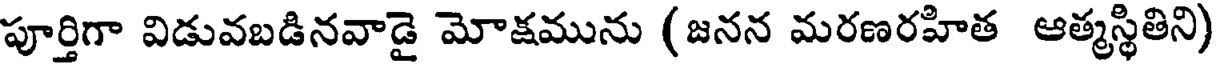
పూర్తిగా విడువబడినవాడై మోక్షమును (జనన మరణరహిత ఆత్మస్థితిని)